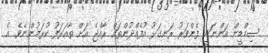
ސިމްޑީން އަންނަނީ ފެންވަރު ރަނގަޅު އުފެއްދުންތައް ރާއްޖެ އަށް ތާއަރަފު ކުރަމުންނެވެ. އެ